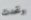
وتحدث